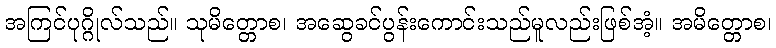
အကြင်ပုဂ္ဂိုလ်သည်။ သုမိတ္တောစ၊ အဆွေခင်ပွန်းကောင်းသည်မူလည်းဖြစ်အံ့။ အမိတ္တောစ၊